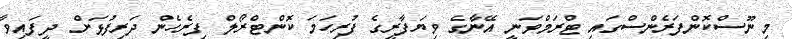
މި ނޫސްކޮންފަރެންސްގައި ޓްރަމްވަނީ އޭނާގެ ވިޔަފާރީގެ ފުރިހަމަ ކޮންޓްރޯލް ފިރެހެން ދަރިފުޅަށް ދީފައިވާ